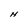
Character: N